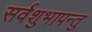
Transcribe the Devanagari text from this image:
सर्वशुभापन्तु